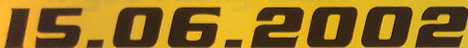
15.06.2002